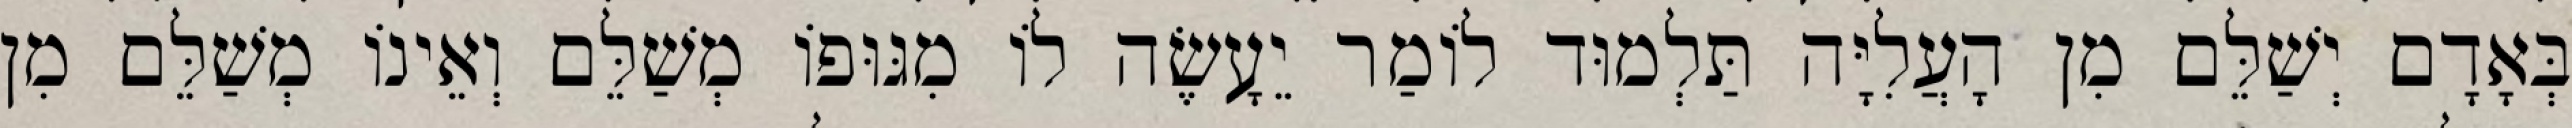
בְּאָדָם יְשַׁלֵּם מִן הָעֲלִיָּה תַּלְמוּד לוֹמַר יֵעָשֶׂה לוֹ מִגּוּפוֹ מְשַׁלֵּם וְאֵינוֹ מְשַׁלֵּם מִן